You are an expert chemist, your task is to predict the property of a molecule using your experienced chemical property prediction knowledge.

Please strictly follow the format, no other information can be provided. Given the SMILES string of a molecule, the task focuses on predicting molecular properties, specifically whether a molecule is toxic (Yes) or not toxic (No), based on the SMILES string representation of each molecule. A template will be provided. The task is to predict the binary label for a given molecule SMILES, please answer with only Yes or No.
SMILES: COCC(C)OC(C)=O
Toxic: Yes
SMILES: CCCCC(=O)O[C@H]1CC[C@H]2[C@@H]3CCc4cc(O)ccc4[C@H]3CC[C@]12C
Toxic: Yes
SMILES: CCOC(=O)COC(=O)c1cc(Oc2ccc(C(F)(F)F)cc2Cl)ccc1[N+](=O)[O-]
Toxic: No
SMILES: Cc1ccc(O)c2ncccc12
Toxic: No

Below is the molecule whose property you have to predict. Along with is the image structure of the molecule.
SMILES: COc1nn(CSP(=S)(OC)OC)c(=O)s1
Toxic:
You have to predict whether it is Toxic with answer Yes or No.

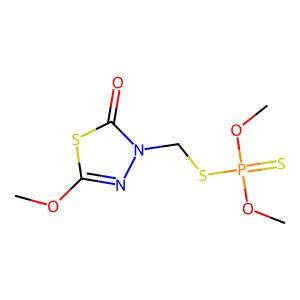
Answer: No